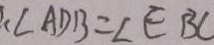
\angle A D B = \angle E B C